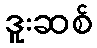
ဒူးဆစ်